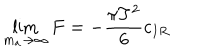
\lim _ { m _ { a } \to \infty } F = - \frac { \pi T ^ { 2 } } { 6 } c _ { I R }